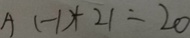
A ( - 1 ) + 2 1 = 2 0